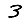
Digit: 3